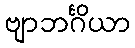
ဗျာဘင်္ဂိယာ